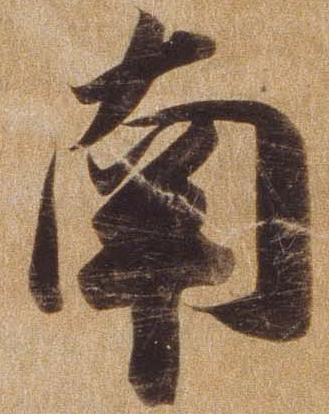
南